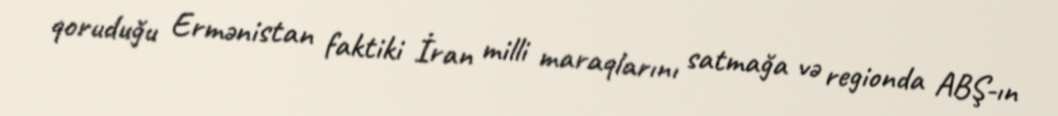
qoruduğu Ermənistan faktiki İran milli maraqlarını satmağa və regionda ABŞ-ın